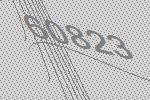
60823